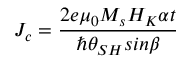
J _ { c } = \frac { 2 e { \mu } _ { 0 } M _ { s } H _ { K } \alpha t } { \hslash { \theta } _ { S H } s i n \beta }